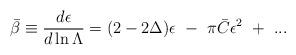
LaTeX: \begin{align*}\bar\beta\equiv{d\epsilon\over d\ln \Lambda}=(2-2\Delta)\epsilon~-~\pi\bar C\epsilon^2~+~...\end{align*}